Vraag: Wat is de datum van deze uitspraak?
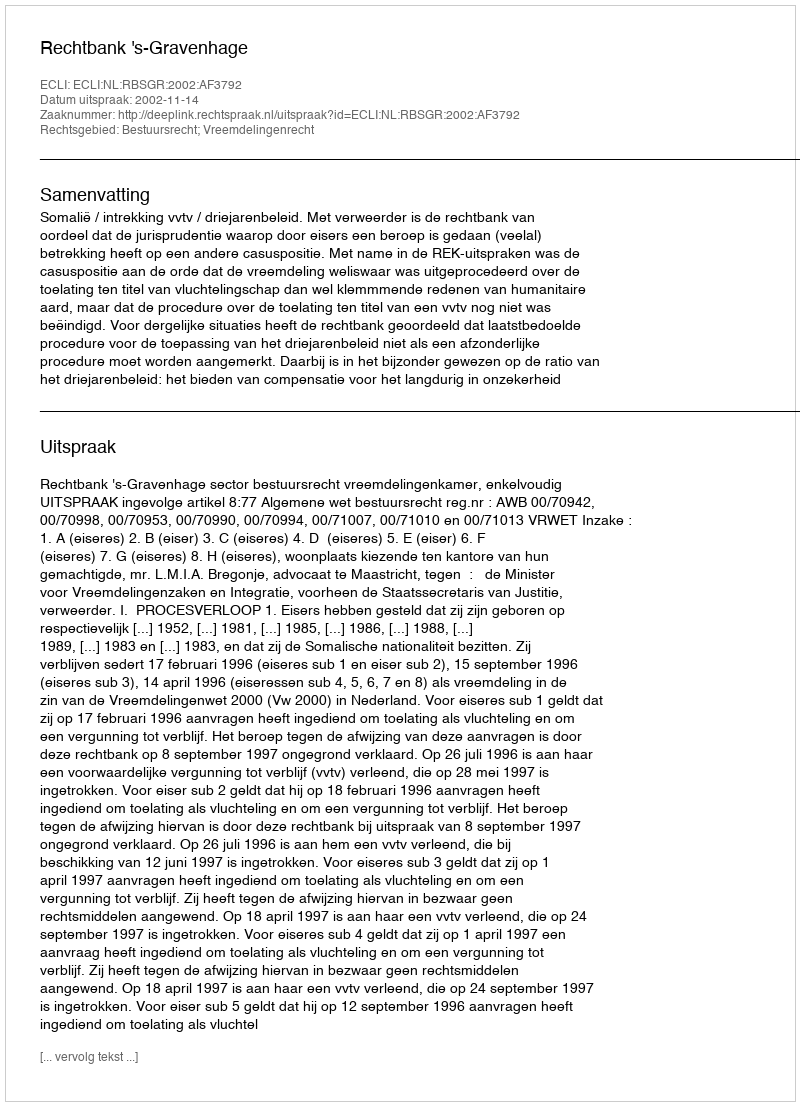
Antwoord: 2002-11-14